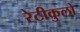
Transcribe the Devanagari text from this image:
रेटीकुलो